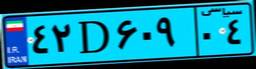
۱۱D۶۷۱۱۹